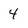
Character: 4